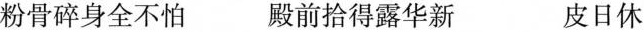
粉骨碎身全不怕 殿前拾得露华新 皮日休